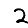
Digit: 2